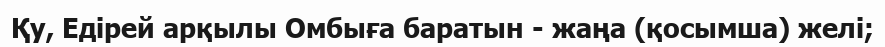
Қу, Едірей арқылы Омбыға баратын - жаңа (қосымша) желі;